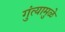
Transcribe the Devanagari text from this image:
गुंत्यामुळे